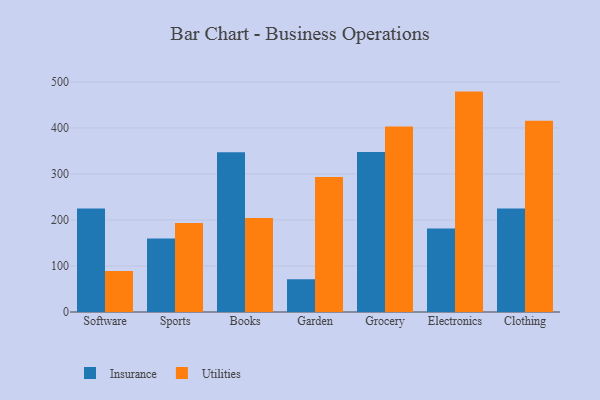
{"axis": {"x": "Category", "y": "Customer Acquisition Cost (USD)"}, "legend": ["Insurance", "Utilities"], "data": [{"x": "Software", "y": 225.0, "type": "Insurance"}, {"x": "Software", "y": 88.9, "type": "Utilities"}, {"x": "Sports", "y": 159.7, "type": "Insurance"}, {"x": "Sports", "y": 193.7, "type": "Utilities"}, {"x": "Books", "y": 347.2, "type": "Insurance"}, {"x": "Books", "y": 204.2, "type": "Utilities"}, {"x": "Garden", "y": 71.2, "type": "Insurance"}, {"x": "Garden", "y": 293.3, "type": "Utilities"}, {"x": "Grocery", "y": 348.0, "type": "Insurance"}, {"x": "Grocery", "y": 403.5, "type": "Utilities"}, {"x": "Electronics", "y": 181.4, "type": "Insurance"}, {"x": "Electronics", "y": 479.1, "type": "Utilities"}, {"x": "Clothing", "y": 225.0, "type": "Insurance"}, {"x": "Clothing", "y": 415.5, "type": "Utilities"}]}